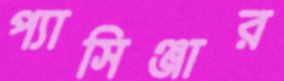
প্যাসিঞ্জার